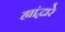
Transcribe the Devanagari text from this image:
ह्यांद्वारे